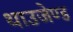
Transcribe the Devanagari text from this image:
थाउजेण्ड